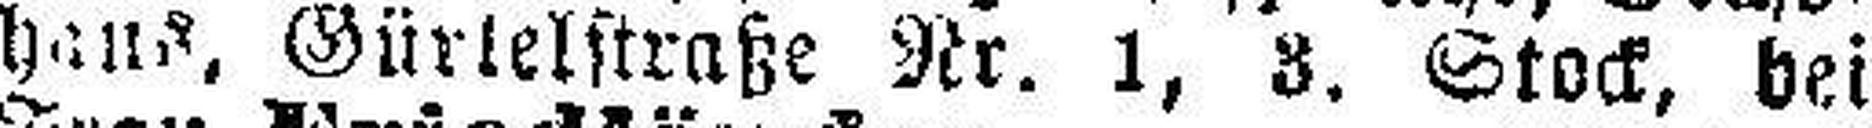
haus, Gürtelstraße Nr. 1, 3. Stock, bei